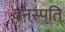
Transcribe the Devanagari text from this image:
वनस्‍पति